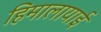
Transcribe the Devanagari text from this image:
हिमालायाई